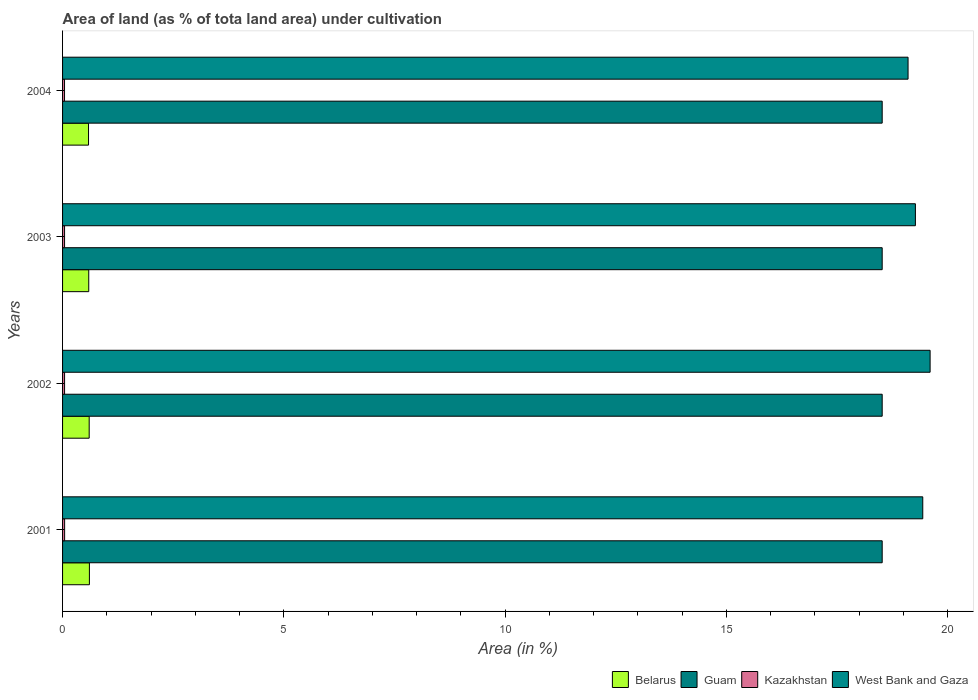
| Years | Belarus | Guam | Kazakhstan | West Bank and Gaza |
 | --- | --- | --- | --- | --- |
 | 2001 | 0.606 | 18.5 | 0.0466 | 19.4 |
 | 2002 | 0.601 | 18.5 | 0.0456 | 19.6 |
 | 2003 | 0.592 | 18.5 | 0.0451 | 19.3 |
 | 2004 | 0.587 | 18.5 | 0.0443 | 19.1 |